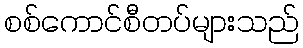
စစ်ကောင်စီတပ်များသည်